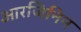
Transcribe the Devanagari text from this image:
आरजिनिन